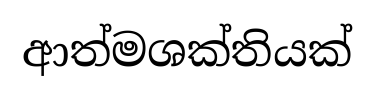
ආත්මශක්තියක්